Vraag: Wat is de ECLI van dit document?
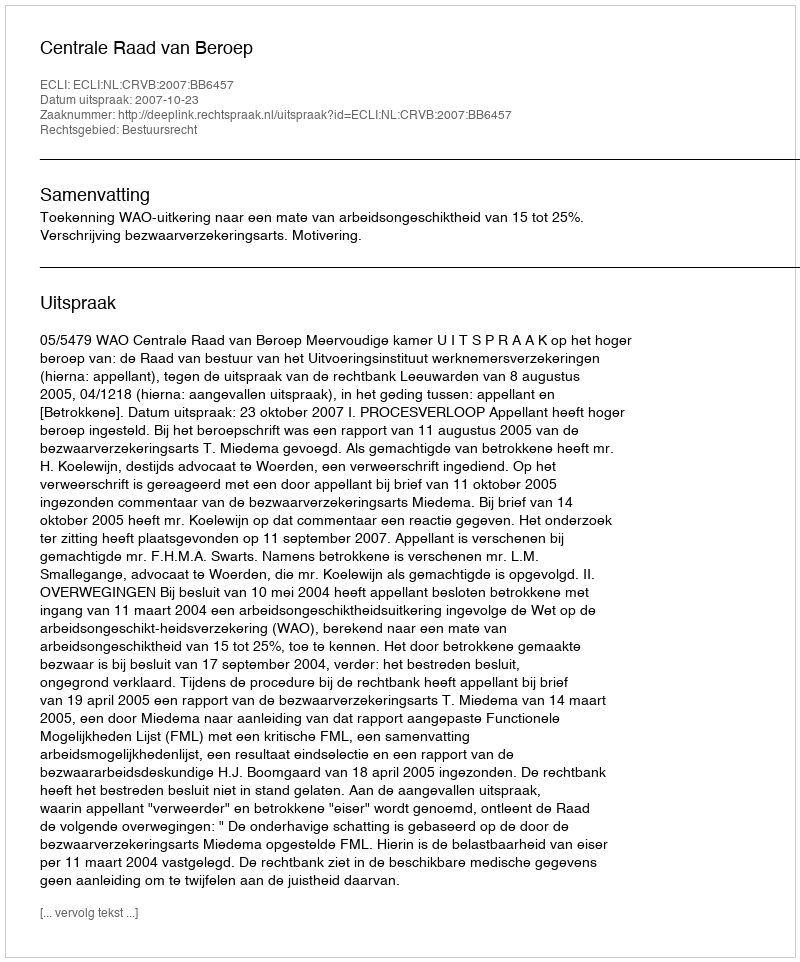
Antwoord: ECLI:NL:CRVB:2007:BB6457